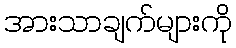
အားသာချက်များကို